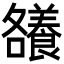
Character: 𮊶